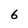
Character: 6